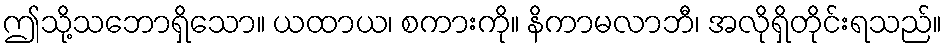
ဤသို့သဘောရှိသော။ ယထာယ၊ စကားကို။ နိကာမလာဘီ၊ အလိုရှိတိုင်းရသည်။